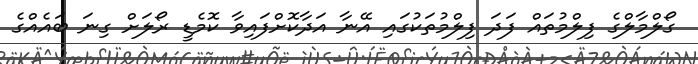
ގޯލްމާލްގެ ފިލްމުތައް ފަދަ ފިލްމުތަކުގައި އޭނާ އަދާކޮށްފައިވާ ކޮމެޑީ ރޯލަށް ގިނަ ބައެއްގެ